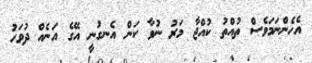
އެހެންނަމަވެސް ތުއްތު ކުއްޖާ މަރު ނުވާ ކަން އެނގުނީ އޭގެ އަނެއް ދުވަހު